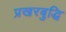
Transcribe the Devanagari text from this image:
प्रखरबुद्धि